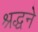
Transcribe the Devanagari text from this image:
श्रद्धने